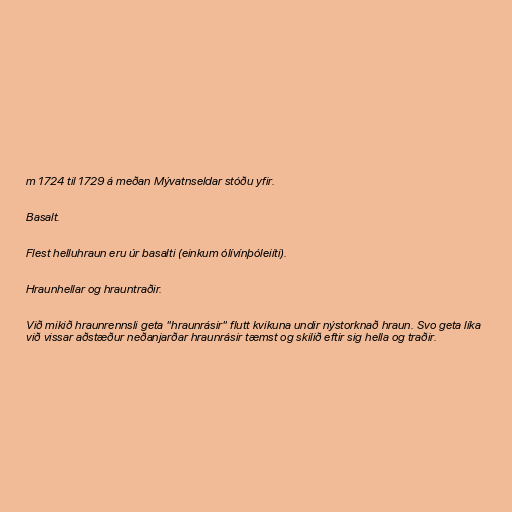
m 1724 til 1729 á meðan Mývatnseldar stóðu yfir.

Basalt.

Flest helluhraun eru úr basalti (einkum ólívínþóleiíti).

Hraunhellar og hrauntraðir.

Við mikið hraunrennsli geta "hraunrásir" flutt kvikuna undir nýstorknað hraun. Svo geta líka
við vissar aðstæður neðanjarðar hraunrásir tæmst og skilið eftir sig hella og traðir.